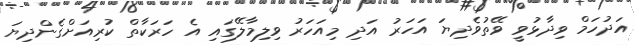
އަދުހަމް ވިދާޅުވީ ވޭތުވެދިޔަ އަހަރު އަދި މިއަހަރު ވިލިމާލޭގައި އެ ހަރަކާތް ކުރިއަށްގެންދިޔަ